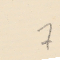
7